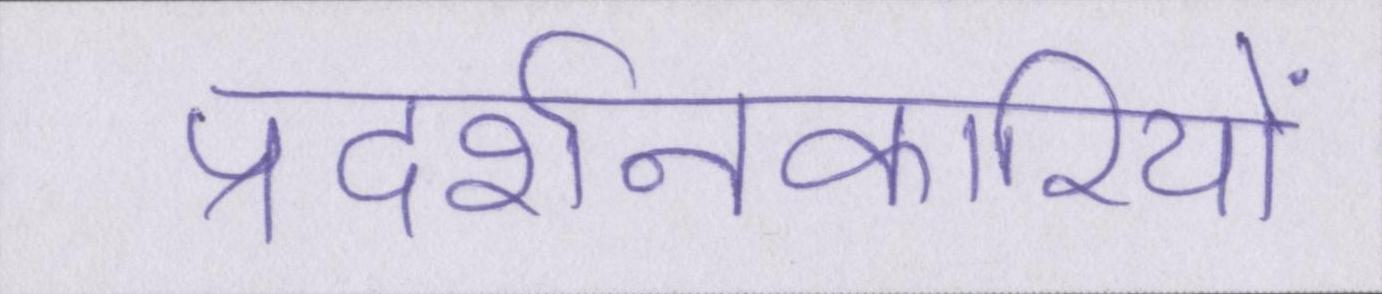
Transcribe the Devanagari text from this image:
प्रदर्शनकारियों